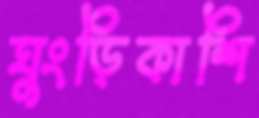
ঘুংড়িকাশি